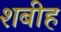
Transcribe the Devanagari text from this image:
शबीह